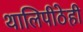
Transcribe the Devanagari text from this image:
थालिपीठेही